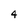
Character: 4